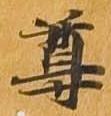
尊